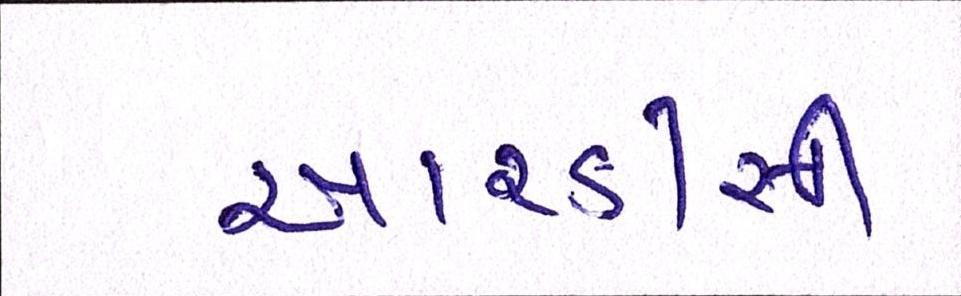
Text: આરડીસી